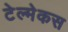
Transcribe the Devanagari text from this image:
टेल्मेकस